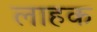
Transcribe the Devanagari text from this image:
लाहक